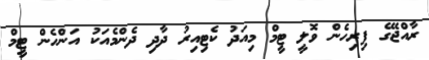
ރާއްޖޭގެ ފިރިހެން ވޮލީ ޓީމް މިއަދު ކެޓިއިރު ދާދި ދެންމެއަކު އަންހެން ޓީމް